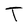
Character: T